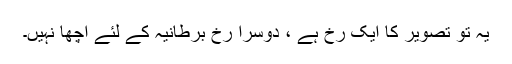
یہ تو تصویر کا ایک رخ ہے ، دوسرا رخ برطانیہ کے لئے اچھا نہیں۔